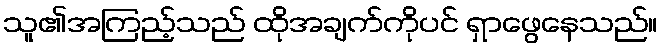
သူ၏အကြည့်သည် ထိုအချက်ကိုပင် ရှာဖွေနေသည်။